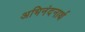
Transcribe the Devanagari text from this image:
अभिनंदनार्थ